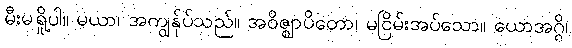
မီးမရှို့ပါ။ မယာ၊ အကျွန်ုပ်သည်။ အဝိဇ္ဈာပိတော၊ မငြိမ်းအပ်သော။ ယောအဂ္ဂိ၊